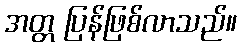
အတ္တ ပြန်ဖြစ်လာသည်။